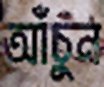
আঁচুন